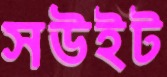
সউইট